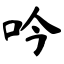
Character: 吟